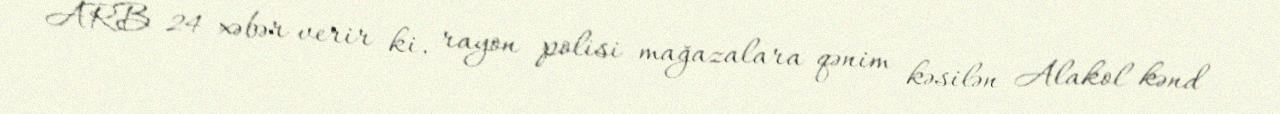
ARB 24 xəbər verir ki, rayon polisi mağazalara qənim kəsilən Alakol kənd